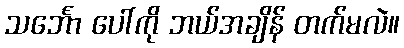
သင်္ဘော ပေါ်ကို ဘယ်အချိန် တက်မလဲ။